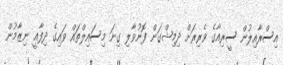
އިސްރާއިލުން ސީރިއާގެ ވެރިރަށް ދިމިޝްގަން ފޮނުވާލި ގިނަ މިސައިލްތައް ވައިގެ ދިފާޢީ ނިޒާމުން